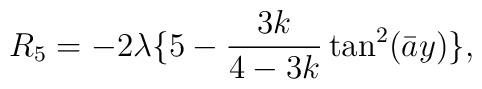
R_5=-2\lambda\{5-\frac{3k}{4-3k}\tan^2(\bar a y)\},